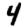
Digit: 4